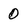
Character: 0